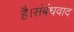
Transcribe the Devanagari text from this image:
है।संबंधवाद